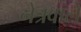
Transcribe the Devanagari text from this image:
नेत्रवाले